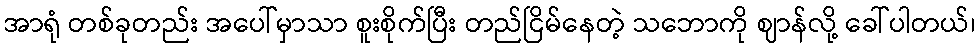
အာရုံ တစ်ခုတည်း အပေါ်မှာသာ စူးစိုက်ပြီး တည်ငြိမ်နေတဲ့ သဘောကို ဈာန်လို့ ခေါ်ပါတယ်၊